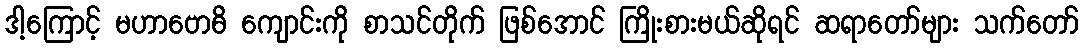
ဒါ့ကြောင့် မဟာဗောဓိ ကျောင်းကို စာသင်တိုက် ဖြစ်အောင် ကြိုးစားမယ်ဆိုရင် ဆရာတော်များ သက်တော်